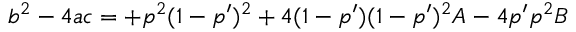
b ^ { 2 } - 4 a c = + p ^ { 2 } ( 1 - p ^ { \prime } ) ^ { 2 } + 4 ( 1 - p ^ { \prime } ) ( 1 - p ^ { \prime } ) ^ { 2 } A - 4 p ^ { \prime } p ^ { 2 } B